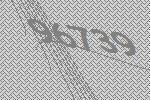
96739